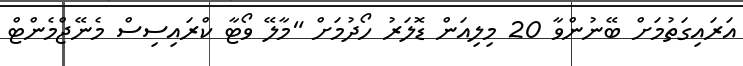
އަރައިގަތުމަށް ބޭނުންވާ 20 މިލިއަން ޑޮލަރު ހޯދުމަށް "މާލޭ ވޯޓާ ކްރައިސިސް މެނޭޖްމެންޓް